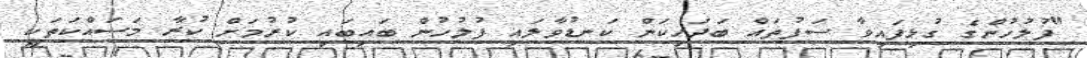
"ފުލުހުންގެ ގުޅިފައިވާ ސަފުތައް ބަދަހިކަން ކަނޑުވާލައި ފުލުހުން ބައިބައި ކުރުމަށް ކުރާ މަސައްކަތަކީ